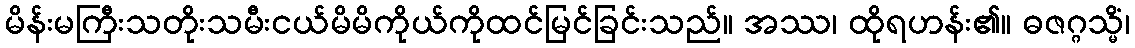
မိန်းမကြီးသတိုးသမီးငယ်မိမိကိုယ်ကိုထင်မြင်ခြင်းသည်။ အဿ၊ ထိုရဟန်း၏။ ဓဇဂ္ဂသ္မိံ၊